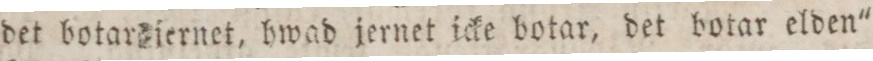
det botar jernet, hwad jernet icke botar, det botar elden"